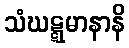
သံဃဋ္ဋမာနာနိ